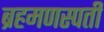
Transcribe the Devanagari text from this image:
ब्रहमणस्पती